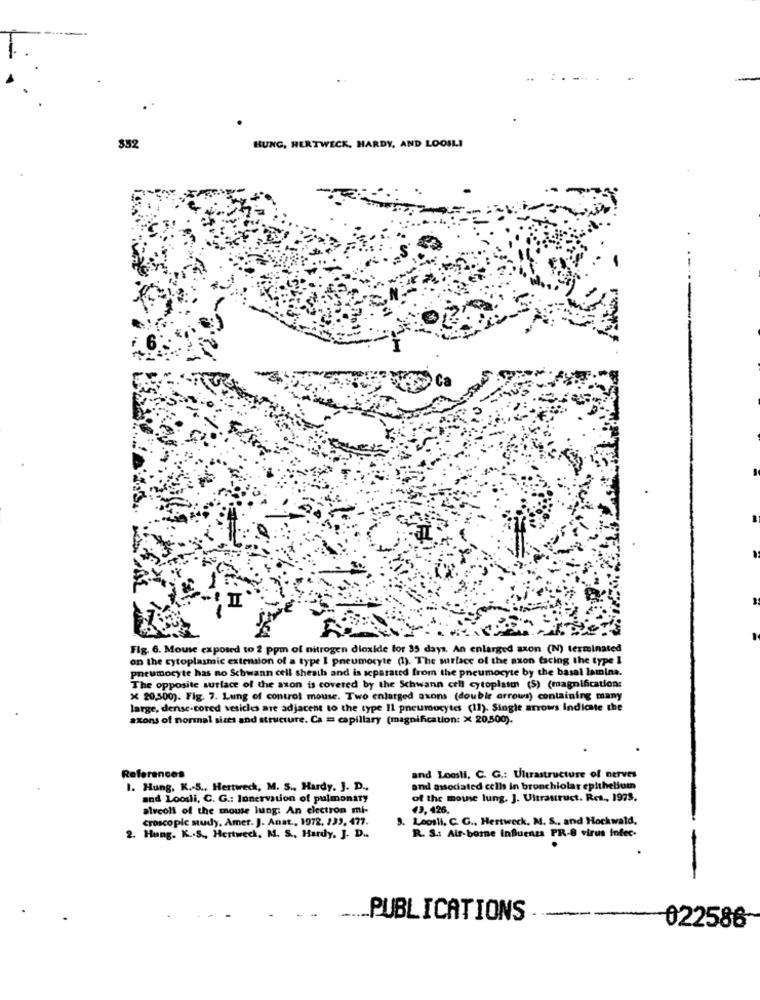
$52
HUNG, HERTWECK, HARDY, AND LOOSLI
Flg. 6. Mouse exposed to 2 ppm of nitrogen dioxide for 35 days. An enlarged szon (N) terminated
on the cytoplasmic extension of a type 1 pneumocyte (1). The surface of the axon facing the type I
pneumocyte has no Schwann cell sheath and is separated from the pneumocyte by the basal lamina.
The opposite surface of the axon is covered by the Schwann cell cytoplasm (S) (magnification:
X 20,500). Fig. 7. Lung of control mouse. Two enlarged axons (double arrows) containing many
large, dense-cored vesicles are adjacent to the type Il pneumocytes (11). Single arrows indicate the
axons of normal sizes and structure. Ca = capillary (magnification: X 20,500).
References
and Looll, C. G .: Ultrastructure of nerves
1. Hung. K .- 5 ., Hertwech, M. S ., Hardy. J. D .,
and associated cells in bronchiolar epithelium
and Loosli, C. G .: Innervation of pulmonary
of the mouse lung. J. Ultrauruct. Res ., 1973.
alveoli of the mouse lung: An electron mi-
43, 426.
croscopic study. Amer. J. Anat ., 1972. 233, 477.
3. Leosli, C. G ., Hertweck. M. S ., and Hockwald,
R. S .: Air-borne Influenza PR-8 virus infec-
2. Hung. K .. S ., Hertwech, M. S ., Hardy, J. D ..
-
PUBLICATIONS
---
022586